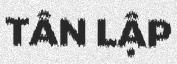
TÂN LẬP